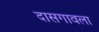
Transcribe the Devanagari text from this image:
दासगावला